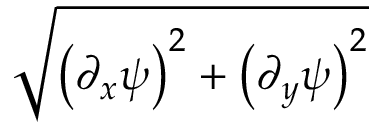
\sqrt { \left( \partial _ { x } \psi \right) ^ { 2 } + \left( \partial _ { y } \psi \right) ^ { 2 } }